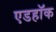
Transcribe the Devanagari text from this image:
एडहॉक